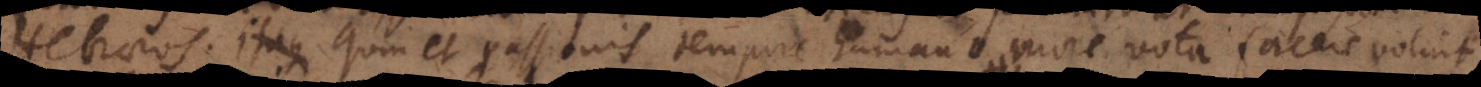
Hebraeos. Itaque Quin et passionis tempore humano more vota facere voluit